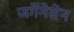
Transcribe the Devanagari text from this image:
जर्गेनेसेन